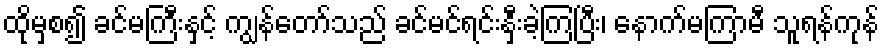
ထိုမှစ၍ ခင်မကြီးနှင့် ကျွန်တော်သည် ခင်မင်ရင်းနှီးခဲ့ကြပြီး၊ နောက်မကြာမီ သူရန်ကုန်